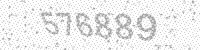
Solution: 576889